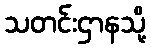
သတင်းဌာနသို့